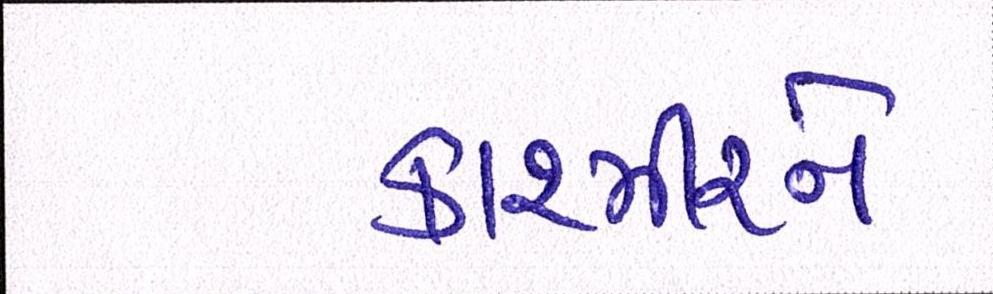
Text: કાશ્મીરને